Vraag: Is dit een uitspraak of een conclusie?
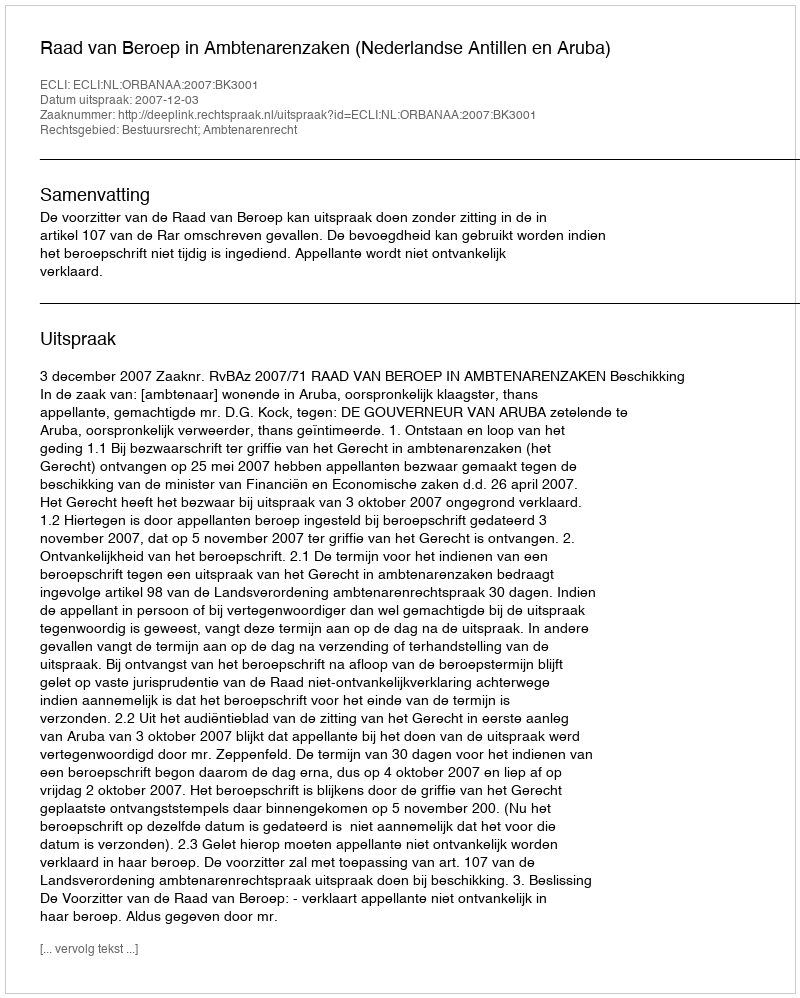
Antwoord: Uitspraak